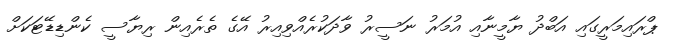
ޕްރައިމަރީގައި އަބްދު ޔާމީނާއި އުމަރު ނަސީރު ވާދަކުރެއްވިއިރު އޭގެ ތެރެއިން ރިޔާސީ ކެންޑިޑޭޓަކަށް